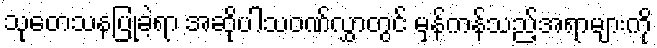
သုတေသနပြုခဲ့ရာ အဆိုပါသဝဏ်လွှာတွင် မှန်ကန်သည့်အရာများကို